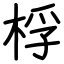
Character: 桴